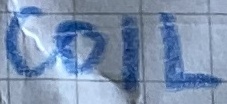
Text: COIL